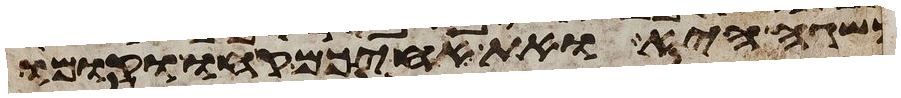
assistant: משגה היא ואת אחיכם קחו וקומו